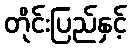
တိုင်းပြည်နှင့်